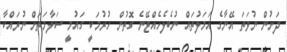
ދަށުން ނުވަތަ އޭނާގެ އަމަލުތައް ނުބެލެހެއްޓޭނެ ގޮތުން ހުރުމަކީ ގައުމީ ސަލާމަތަށް ނުރައްކާ